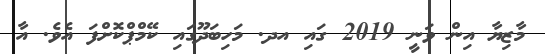
މާޒިޔާ އިން ވަނީ 2019 ގައި އދ. މަހިބަދޫގައި ކޭމްޕްކޮށްފަ އެވެ. އާ